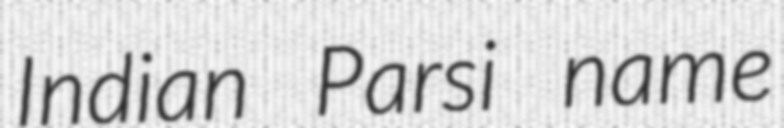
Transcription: Indian Parsi name